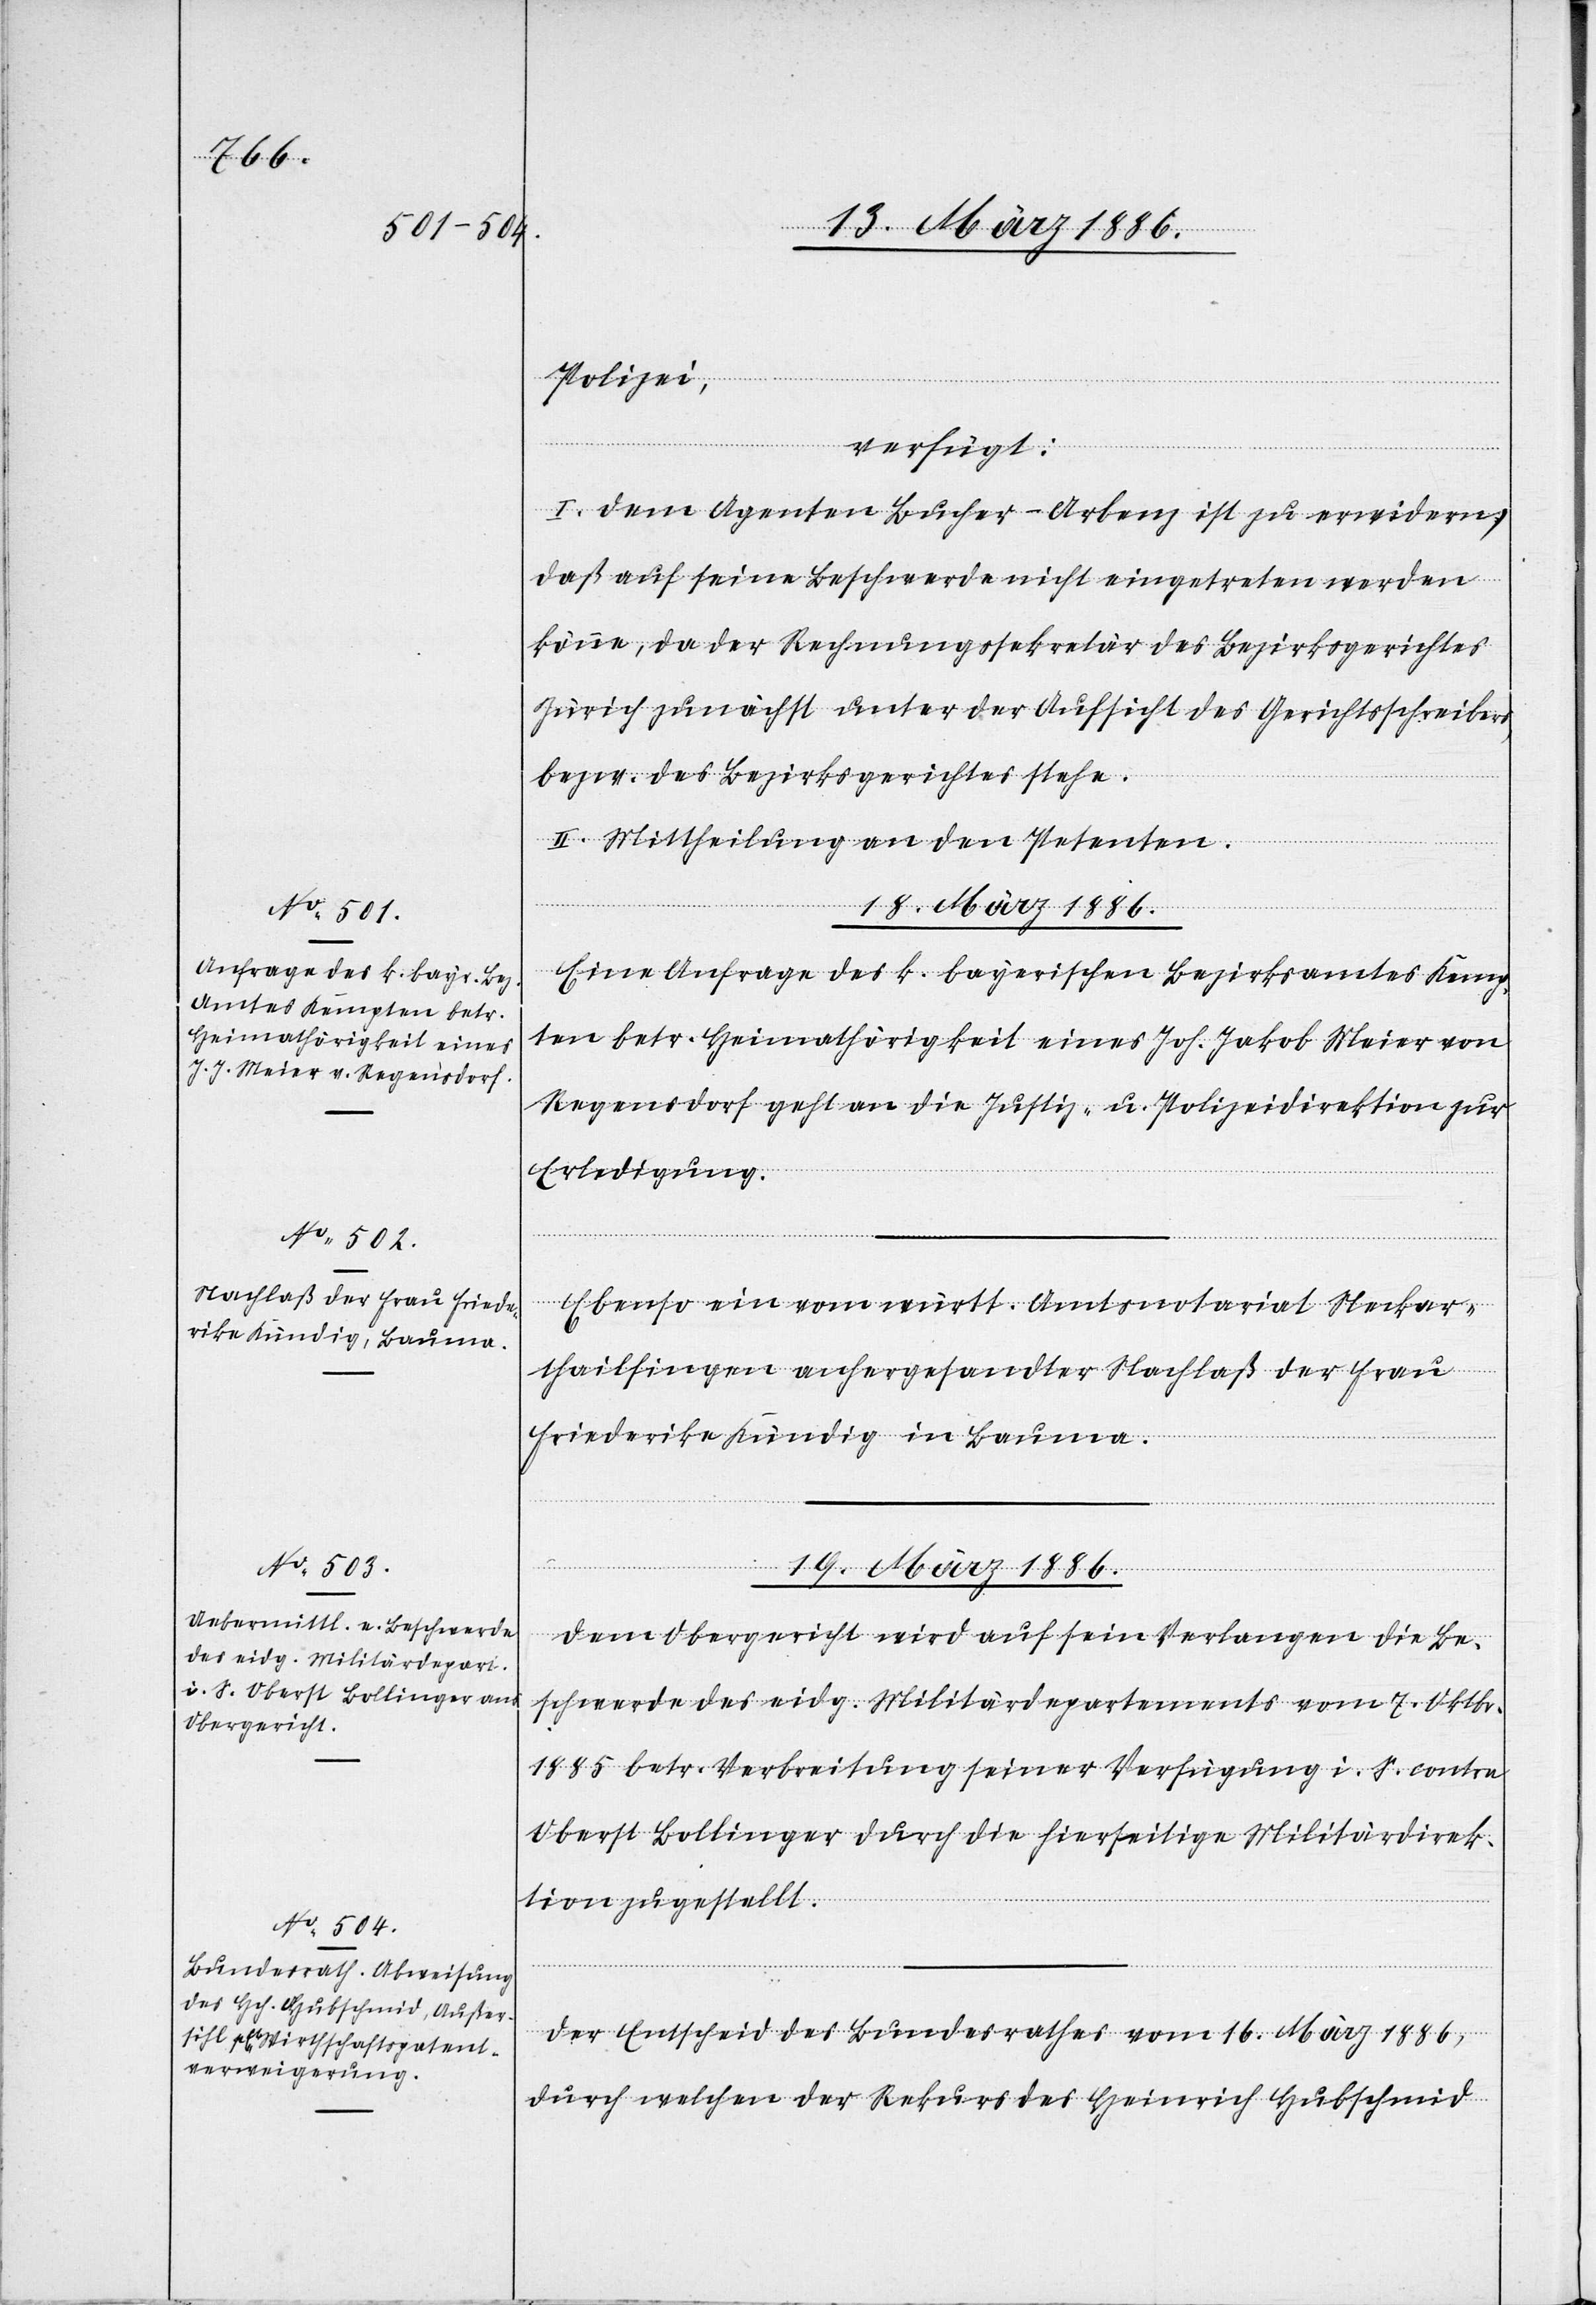
18. März 1886.]
Polizei,
verfügt:
I. Dem Agenten Bucher-Arbenz ist zu erwidern,
daß auf seine Beschwerde nicht eingetreten werden
könne, da der Rechnungssekretär des Bezirksgerichtes
Zürich zunächst unter der Ansicht des Gerichtsschreibers
bzw. des Bezirksgerichtes stehe.
II. Mittheilung an den Petenten.
Eine Anfrage des k. bayerischen Bezirksamtes Kemp¬
ten betr. Heimathörigkeit eines Joh. Jakob Meier von
Regensdorf geht an die Justiz- u. Polizeidirektion zur
Erledigung.
Ebenso ein vom württ. Amtsnotariat Nekar¬
thailfingen anhergesandter Nachlaß der Frau
Friederike Kündig in Bauma.
19. März 1886.]
Dem Obergericht wird auf sein Verlangen die Be¬
schwerde des eidg. Militärdepartements vom 7. Oktobr.
1885 betr. Verarbeitung seiner Verfügung i. S. contra
Oberst Bollinger durch die hierseitige Militärdirek¬
tion zugestellt.
Der Entscheid des Bundesrathes vom 16. März 1886,
durch welchen der Rekurs des Heinrich Hubschmid